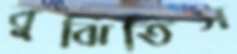
বুঝিতিস